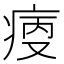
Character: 𤶯